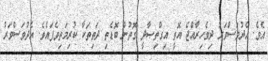
އެވެ. އެދުވަސްވަރު ދިވެހިރާއްޖެ އޮތީ އިގްތިޞާދީ ގޮތުން ބޮޑެތި ދަތިތަކާ ކުރިމަތިވެފައެވެ. އެދުވަސްވަރު